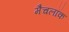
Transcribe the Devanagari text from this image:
मैचलॉक